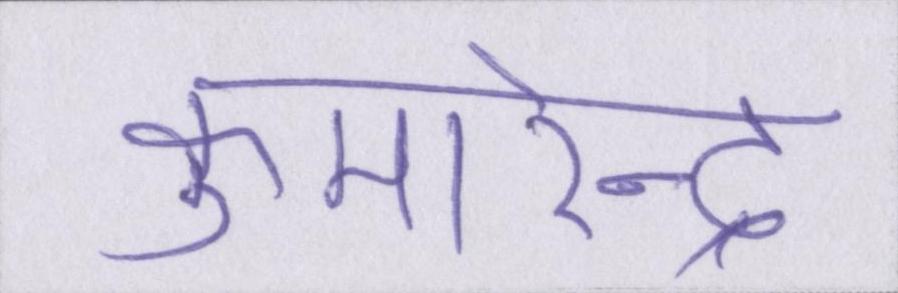
कुमारेन्द्र